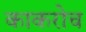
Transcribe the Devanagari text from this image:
काकरोच